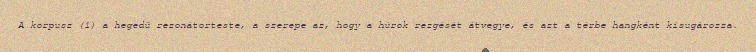
A korpusz (1) a hegedű rezonátorteste, a szerepe az, hogy a húrok rezgését átvegye, és azt a térbe hangként kisugározza.